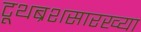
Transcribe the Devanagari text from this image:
टूथब्रशसारख्या